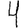
Digit: 4